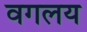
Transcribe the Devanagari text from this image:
वगलय